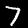
Label: 7